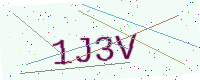
Text: 1J3V